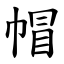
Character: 帽